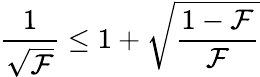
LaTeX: \frac{1}{\sqrt{\mathcal F}}\leq 1+\sqrt{\frac{1-\mathcal F}{\mathcal F}}